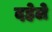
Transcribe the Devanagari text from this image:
दहेले